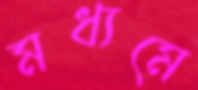
মধ্যমে